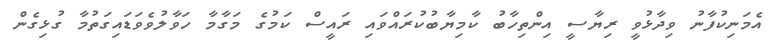
އެމަނިކުފާނު ވިދާޅުވީ ރިޔާސީ އިންތިހާބު ކާމިޔާބުކުރައްވައި ރައީސް ކަމުގެ މަގާމާ ހަވާލުވެވަޑައިގަތުމާ ގުޅިގެން